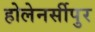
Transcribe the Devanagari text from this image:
होलेनर्सीपुर